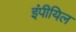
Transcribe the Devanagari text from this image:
इंपीयिल